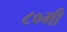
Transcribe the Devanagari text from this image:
८०मी